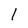
Character: 1